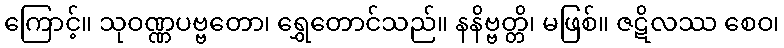
ကြောင့်။ သုဝဏ္ဏပဗ္ဗတော၊ ရွှေတောင်သည်။ နနိဗ္ဗတ္တိ၊ မဖြစ်။ ဇဋိလဿ စေဝ၊